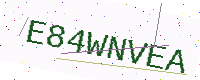
Text: E84WNVEA